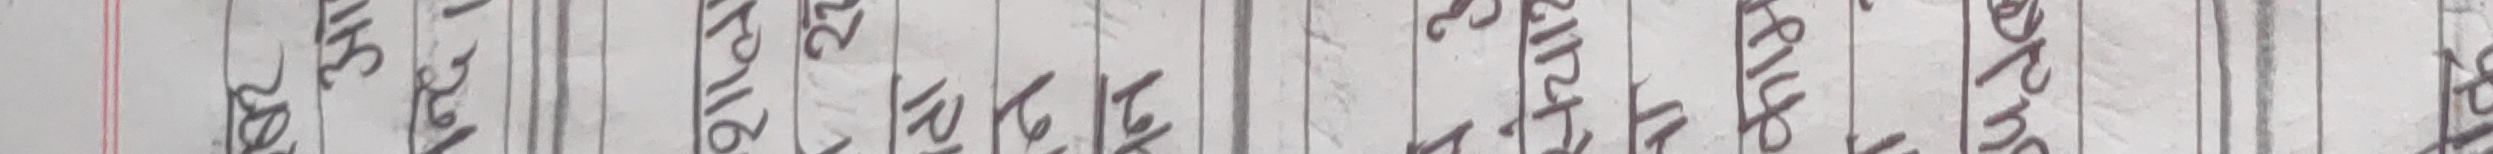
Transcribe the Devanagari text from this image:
२०२१ आश्विन १६ गते सोमबार पूर्णिमा श्री शिव मन्दिर कम्पनी बोनपुर गाउँ पालिका वार्ड नं. ४ मा अति रौद्र प्रकोप आइ परेको छ।